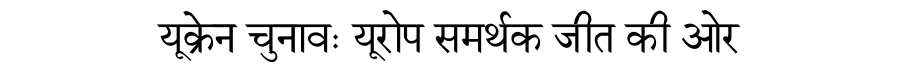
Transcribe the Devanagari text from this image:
यूक्रेन चुनावः यूरोप समर्थक जीत की ओर